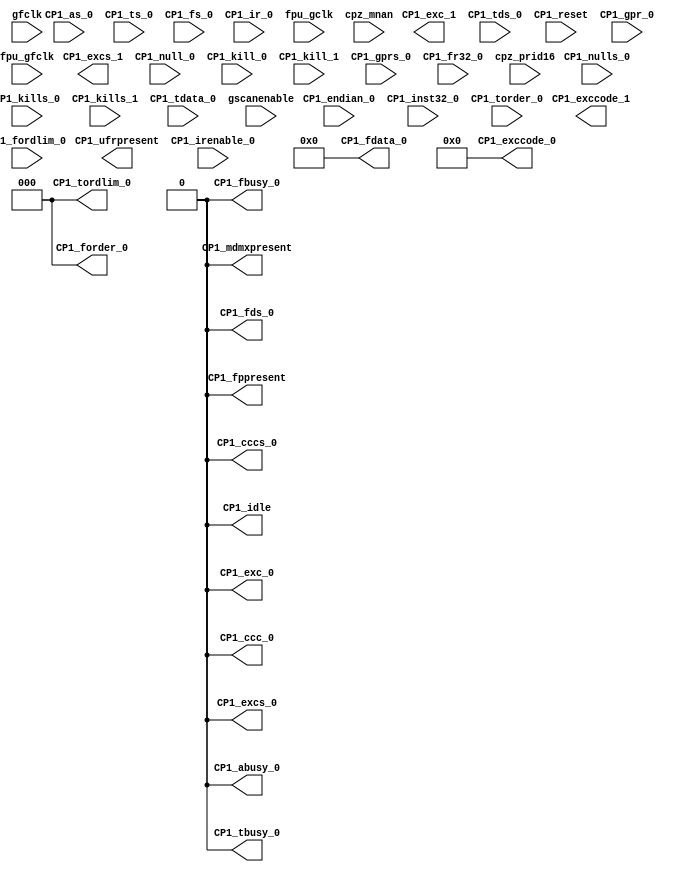
module m14k_cop1_stub(
	CP1_abusy_0,
	CP1_tbusy_0,
	CP1_fbusy_0,
	CP1_cccs_0,
	CP1_ccc_0,
	CP1_excs_0,
	CP1_exc_0,
	CP1_exccode_0,
	CP1_fds_0,
	CP1_forder_0,
	CP1_fdata_0,
	CP1_tordlim_0,
	CP1_idle,
	CP1_excs_1,
	CP1_exc_1,
	CP1_exccode_1,
	CP1_fppresent,
	CP1_ufrpresent,
	CP1_mdmxpresent,
	CP1_as_0,
	CP1_ts_0,
	CP1_fs_0,
	CP1_irenable_0,
	CP1_ir_0,
	CP1_endian_0,
	CP1_inst32_0,
	CP1_nulls_0,
	CP1_null_0,
	CP1_kills_0,
	CP1_kill_0,
	CP1_kills_1,
	CP1_kill_1,
	CP1_tds_0,
	CP1_tdata_0,
	CP1_torder_0,
	CP1_fordlim_0,
	CP1_reset,
	CP1_gpr_0,
	CP1_gprs_0,
	CP1_fr32_0,
	fpu_gclk,
	fpu_gfclk,
	gfclk,
	gscanenable,
	cpz_mnan,
	cpz_prid16);


   // Cop1 I/F output signals
   output                   CP1_abusy_0;        // COP1 Arithmetric instruction busy
   output                   CP1_tbusy_0;        // COP1 To data busy
   output                   CP1_fbusy_0;        // COP1 From data busy
   output                   CP1_cccs_0;         // COP1 Condition Code Check Strobe
   output                   CP1_ccc_0;          // COP1 Condition Code Check
   output                   CP1_excs_0;		// COP1 Exceptions strobe
   output                   CP1_exc_0;		// COP1 Exception
   output [4:0]             CP1_exccode_0;      // COP1 Exception Code
   output                   CP1_fds_0;		// COP1 From data Data strobe
   output [2:0]             CP1_forder_0;       // COP1 From data ordering
   output [63:0] 	    CP1_fdata_0;	// COP1 From data
   output [2:0]             CP1_tordlim_0;      // COP1 To data ordering limit
   output                   CP1_idle;           // COP1 Coprocessor is idle
   output		CP1_excs_1;		// COP1 Exceptions strobe
   output		CP1_exc_1;		// COP1 Exception
   output [4:0]	CP1_exccode_1;		// COP1 Exception Code

	output   CP1_fppresent;
	output   CP1_ufrpresent;
        output   CP1_mdmxpresent;

   // Cop1 I/F input signals
   input                    CP1_as_0;           // COP1 Arith strobe
   input                    CP1_ts_0;           // COP1 To strobe
   input                    CP1_fs_0;           // COP1 From strobe
   input                    CP1_irenable_0;     // COP1 Enable Instruction
   input [31:0]             CP1_ir_0;           // COP1 instruction word
   input                    CP1_endian_0;       // COP1 Endianess
   input                    CP1_inst32_0;       // COP1 MIPS32 compatible inst
   input                    CP1_nulls_0;        // COP1 Nullify strobe
   input                    CP1_null_0;         // COP1 Nullify
   input                    CP1_kills_0;        // COP1 Kill strobe
   input [1:0]              CP1_kill_0;         // COP1 Kill code
   input                    CP1_kills_1;        // COP1 Kill strobe
   input [1:0]              CP1_kill_1;         // COP1 Kill code
   input                    CP1_tds_0;          // COP1 To data strobe
   input [63:0]  	    CP1_tdata_0;        // COP1 To data
   input [2:0]              CP1_torder_0;       // COP1 To data ordering
   input [2:0]              CP1_fordlim_0;      // COP1 From data order limit
   input                    CP1_reset;		// COP1 greset signal
   input [3:0] 	 CP1_gpr_0;		
   input 	 CP1_gprs_0;		
   input	 CP1_fr32_0;


   // Cop1 emulator control
   input           fpu_gclk;               // FPU Clock (when not in idle)
   input           fpu_gfclk;              // FPU Free-Running Clock (when not in sleep mode)
   input 		gfclk;		// Global clock
   input 		gscanenable;

   input                cpz_mnan;
   input [15:0]		cpz_prid16;

// BEGIN Wire declarations made by MVP
wire [63:0] /*[63:0]*/ CP1_fdata_0;
wire CP1_exc_0;
wire CP1_idle;
wire CP1_tbusy_0;
wire CP1_mdmxpresent;
wire CP1_ccc_0;
wire [2:0] /*[2:0]*/ CP1_forder_0;
wire [3:0] /*[3:0]*/ CP1_gpr_0;
wire CP1_gprs_0;
wire CP1_fbusy_0;
wire CP1_cccs_0;
wire CP1_excs_0;
wire CP1_abusy_0;
wire [4:0] /*[4:0]*/ CP1_exccode_0;
wire CP1_fds_0;
wire [2:0] /*[2:0]*/ CP1_tordlim_0;
wire CP1_fppresent;
// END Wire declarations made by MVP


   assign CP1_abusy_0 = 1'b0;
   assign CP1_tbusy_0 = 1'b0;
   assign CP1_fbusy_0 = 1'b0;        // COP1 From data busy
   assign CP1_cccs_0 = 1'b0;         // COP1 Condition Code Check Strobe
   assign CP1_ccc_0 = 1'b0;          // COP1 Condition Code Check
   assign CP1_excs_0 = 1'b0;		// COP1 Exceptions strobe
   assign CP1_exc_0 = 1'b0;		// COP1 Exception
   assign CP1_exccode_0[4:0] = 5'b0;      // COP1 Exception Code
   assign CP1_fds_0 = 1'b0;		// COP1 From data Data strobe
   assign CP1_forder_0[2:0] = 3'b0;       // COP1 From data ordering
   assign CP1_fdata_0[63:0] = 64'b0;	// COP1 From data
   assign CP1_tordlim_0[2:0] = 3'b0;      // COP1 To data ordering limit
   assign CP1_idle = 1'b0;           // COP1 Coprocessor is idle
   // YURI: TODO: report a bug: assign CP1_gpr_0[3:0] = 4'b0;
   // YURI: TODO: report a bug: assign CP1_gprs_0 = 1'b0;
   assign CP1_fppresent = 1'b0;
   assign CP1_mdmxpresent = 1'b0;








//
`ifdef MIPS_SIMULATION

//verilint 599 off
//verilint 239 off
//verilint 528 off        // Variable set but not used
//hotwires for tracer
  
  

wire  tracer_fcrun_a1 = 1'b0;
wire  tracer_fcrun_a2 = 1'b0;
wire  tracer_fcrun_fp = 1'b0;
wire  tracer_fc_fprwr_a1 = 1'b0;
wire  tracer_got_kill_a2_nxt = 1'b0;
wire  tracer_killed_a2_nxt = 1'b0;
wire  tracer_got_kill_fp_nxt = 1'b0;
wire  tracer_killed_fp_nxt = 1'b0;
wire  tracer_killed_fp = 1'b0;
wire  tracer_d_rf_write = 1'b0;
wire  tracer_fc_tdata_cond = 1'b0;
wire  tracer_fc_hold_dr_cond = 1'b0;
wire  tracer_fc_data_d1_cond = 1'b0;
wire  tracer_fc_data_d2_cond = 1'b0;
wire  tracer_fc_data_dw_cond = 1'b0;
wire  tracer_fc_mux2_sel_dr = 1'b0;
wire  tracer_fc_mux_sel_d1 = 1'b0;
wire  tracer_fc_mux_sel_d2 = 1'b0;
wire [63:0]  tracer_fpr00 = 64'b0; 
wire [63:0]  tracer_fpr01 = 64'b0;
wire [63:0]  tracer_fpr02 = 64'b0; 
wire [63:0]  tracer_fpr03 = 64'b0;
wire [63:0]  tracer_fpr04 = 64'b0; 
wire [63:0]  tracer_fpr05 = 64'b0;
wire [63:0]  tracer_fpr06 = 64'b0; 
wire [63:0]  tracer_fpr07 = 64'b0;
wire [63:0]  tracer_fpr08 = 64'b0; 
wire [63:0]  tracer_fpr09 = 64'b0;
wire [63:0]  tracer_fpr10 = 64'b0; 
wire [63:0]  tracer_fpr11 = 64'b0;
wire [63:0]  tracer_fpr12 = 64'b0; 
wire [63:0]  tracer_fpr13 = 64'b0;
wire [63:0]  tracer_fpr14 = 64'b0; 
wire [63:0]  tracer_fpr15 = 64'b0;
wire [63:0]  tracer_fpr16 = 64'b0; 
wire [63:0]  tracer_fpr17 = 64'b0;
wire [63:0]  tracer_fpr18 = 64'b0; 
wire [63:0]  tracer_fpr19 = 64'b0;
wire [63:0]  tracer_fpr20 = 64'b0; 
wire [63:0]  tracer_fpr21 = 64'b0;
wire [63:0]  tracer_fpr22 = 64'b0; 
wire [63:0]  tracer_fpr23 = 64'b0;
wire [63:0]  tracer_fpr24 = 64'b0; 
wire [63:0]  tracer_fpr25 = 64'b0;
wire [63:0]  tracer_fpr26 = 64'b0; 
wire [63:0]  tracer_fpr27 = 64'b0;
wire [63:0]  tracer_fpr28 = 64'b0; 
wire [63:0]  tracer_fpr29 = 64'b0;
wire [63:0]  tracer_fpr30 = 64'b0; 
wire [63:0]  tracer_fpr31 = 64'b0;
wire  tracer_fc_fr32_fp = 1'b0;
wire  tracer_d_rf_write_fr32 = 1'b0;
wire  tracer_fc_wrenlo1 = 1'b0;
wire  tracer_fc_wrenhi1 = 1'b0;
wire [4:0] tracer_fc_wra1 = 5'b0;
wire  tracer_fc_wrenlo2 = 1'b0;
wire  tracer_fc_wrenhi2 = 1'b0;
wire [4:0] tracer_fc_wra2 = 5'b0;
wire  tracer_gclk_fpu = 1'b0;
wire [8:0]  tracer_fcsr_cond = 9'b0;
wire [31:0]  tracer_fcr25_value_dr = 32'b0;
wire [31:0]  tracer_fcr26_value_dr = 32'b0;
wire [31:0]  tracer_fcr28_value_dr = 32'b0;
wire [31:0]  tracer_fcr31_value_dr = 32'b0;
wire [31:0]  tracer_fcr0_value = 32'b0;




wire unused_tracer_ok = &{1'b0,
  tracer_fcrun_a1,
  tracer_fcrun_a2,
  tracer_fcrun_fp,
  tracer_fc_fprwr_a1,
  tracer_got_kill_a2_nxt,
  tracer_killed_a2_nxt,
  tracer_got_kill_fp_nxt,
  tracer_killed_fp_nxt,
  tracer_killed_fp,
  tracer_d_rf_write,
  tracer_fc_tdata_cond,
  tracer_fc_hold_dr_cond,
  tracer_fc_data_d1_cond,
  tracer_fc_data_d2_cond,
  tracer_fc_data_dw_cond,
  tracer_fc_mux2_sel_dr,
  tracer_fc_mux_sel_d1,
  tracer_fc_mux_sel_d2,
  tracer_fpr00[63:0], 
  tracer_fpr01[63:0],
  tracer_fpr02[63:0], 
  tracer_fpr03[63:0],
  tracer_fpr04[63:0], 
  tracer_fpr05[63:0],
  tracer_fpr06[63:0], 
  tracer_fpr07[63:0],
  tracer_fpr08[63:0], 
  tracer_fpr09[63:0],
  tracer_fpr10[63:0], 
  tracer_fpr11[63:0],
  tracer_fpr12[63:0], 
  tracer_fpr13[63:0],
  tracer_fpr14[63:0], 
  tracer_fpr15[63:0],
  tracer_fpr16[63:0], 
  tracer_fpr17[63:0],
  tracer_fpr18[63:0], 
  tracer_fpr19[63:0],
  tracer_fpr20[63:0], 
  tracer_fpr21[63:0],
  tracer_fpr22[63:0], 
  tracer_fpr23[63:0],
  tracer_fpr24[63:0], 
  tracer_fpr25[63:0],
  tracer_fpr26[63:0], 
  tracer_fpr27[63:0],
  tracer_fpr28[63:0], 
  tracer_fpr29[63:0],
  tracer_fpr30[63:0], 
  tracer_fpr31[63:0],
  tracer_fc_fr32_fp,
  tracer_d_rf_write_fr32,
  tracer_fc_wrenlo1,
  tracer_fc_wrenhi1,
  tracer_fc_wra1,
  tracer_fc_wrenlo2,
  tracer_fc_wrenhi2,
  tracer_fc_wra2,
  tracer_gclk_fpu,
  tracer_fcsr_cond[8:0],
  tracer_fcr25_value_dr[31:0],
  tracer_fcr26_value_dr[31:0],
  tracer_fcr28_value_dr[31:0],
  tracer_fcr31_value_dr[31:0],
  tracer_fcr0_value[31:0]};


//verilint 528 on        // Variable set but not used

//verilint 599 on
//verilint 239 on

`endif
//








endmodule